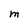
Character: M